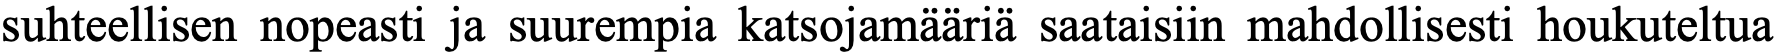
suhteellisen nopeasti ja suurempia katsojamääriä saataisiin mahdollisesti houkuteltua